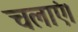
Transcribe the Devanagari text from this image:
चलाएं।